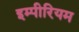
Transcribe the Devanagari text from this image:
इम्पीरियम